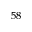
^ { 5 8 }